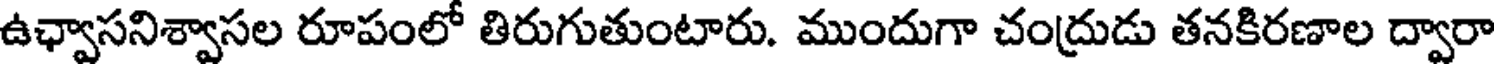
ఉఛ్వాసనిశ్వాసల రూపంలో తిరుగుతుంటారు. ముందుగా చంద్రుడు తనకిరణాల ద్వారా